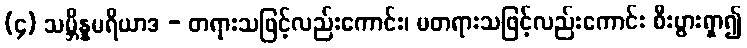
(၄) သမ္ဘိန္နမရိယာဒ - တရားသဖြင့်လည်းကောင်း၊ မတရားသဖြင့်လည်းကောင်း စီးပွားရှာ၍